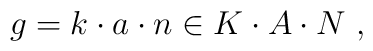
g= k\cdot a\cdot n \in K \cdot A \cdot N\ ,